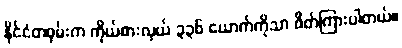
နိုင်ငံတဝှမ်းက ကိုယ်စားလှယ် ၃၃၆ ယောက်ကိုသာ ဖိတ်ကြားပါတယ်။